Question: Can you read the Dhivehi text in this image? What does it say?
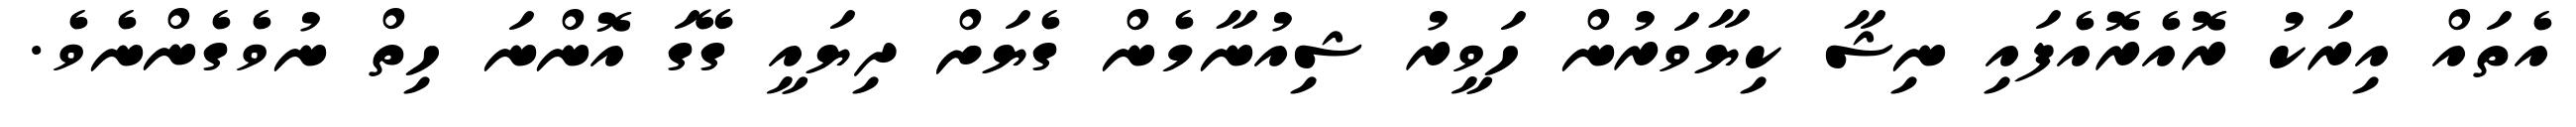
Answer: އެތައް އިރަކު ރޮއެރޮއެފައި ނިޝާ ކިޔާވަރުން ހަވީރު ޝިއުނާމެން ގެޔަށް ދިޔައީ ގޭގަ އޮންނަ ހިތް ނުވެގެންނެވެ.